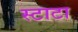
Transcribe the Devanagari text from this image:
स्टाटा